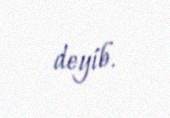
deyib.